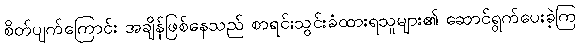
စိတ်ပျက်ကြောင်း အချိန်ဖြစ်နေသည် စာရင်းသွင်းခံထားရသူများ၏ ဆောင်ရွက်ပေးခဲ့ကြ